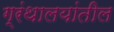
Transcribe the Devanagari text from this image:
ग्रंथालयांतील